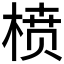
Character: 𰗺